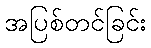
အပြစ်တင်ခြင်း